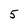
Character: 5